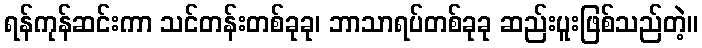
ရန်ကုန်ဆင်းကာ သင်တန်းတစ်ခုခု၊ ဘာသာရပ်တစ်ခုခု ဆည်းပူးဖြစ်သည်တဲ့။